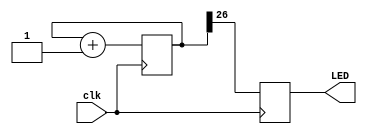
module blink (
 
input clk,
output  LED    
);
 
    reg [32:0] counter;
    reg state;
    assign LED = state;
    
	 always @ (posedge clk)
     begin
        counter <= counter + 1;
        state <= counter[26]; // Changes when MSB changes
    end
 
endmodule